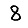
Digit: 8